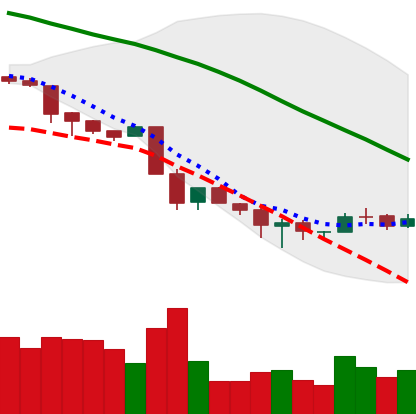
Ticker: BNB-USD
Chart end date: 2018-12-01
Forward return: -6.373%
Label: down_5_7